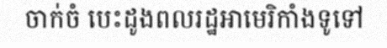
ចាក់ចំ បេះដូងពលរដ្ឋអាមេរិកាំងទូទៅ